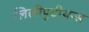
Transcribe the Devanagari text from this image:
लिलीपुटीयन्स